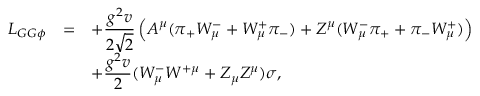
\begin{array} { r c l } { { { \cal L } _ { G G \phi } } } & { { = } } & { { \displaystyle + \frac { g ^ { 2 } v } { 2 \sqrt { 2 } } \left( A ^ { \mu } ( \pi _ { + } W _ { \mu } ^ { - } + W _ { \mu } ^ { + } \pi _ { - } ) + Z ^ { \mu } ( W _ { \mu } ^ { - } \pi _ { + } + \pi _ { - } W _ { \mu } ^ { + } ) \right) } } \\ { { } } & { { } } & { { \displaystyle + \frac { g ^ { 2 } v } { 2 } ( W _ { \mu } ^ { - } W ^ { + \mu } + Z _ { \mu } Z ^ { \mu } ) \sigma , } } \end{array}